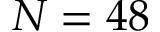
N = 4 8